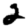
Digit: 2